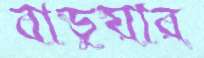
বাড়ুয়ার